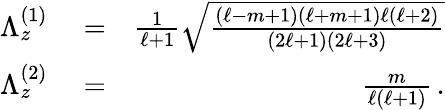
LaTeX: \begin{array}{rlr}{\Lambda_{z}^{(1)}}&{{}=}&{\frac 1{\ell+1}\sqrt{\frac{(\ell-m+1)(\ell+m+1)\ell(\ell+2)}{(2\ell+1)(2\ell+3)}}}\\ {\Lambda_{z}^{(2)}}&{{}=}&{\frac m{\ell(\ell+1)}\, .}\end{array}